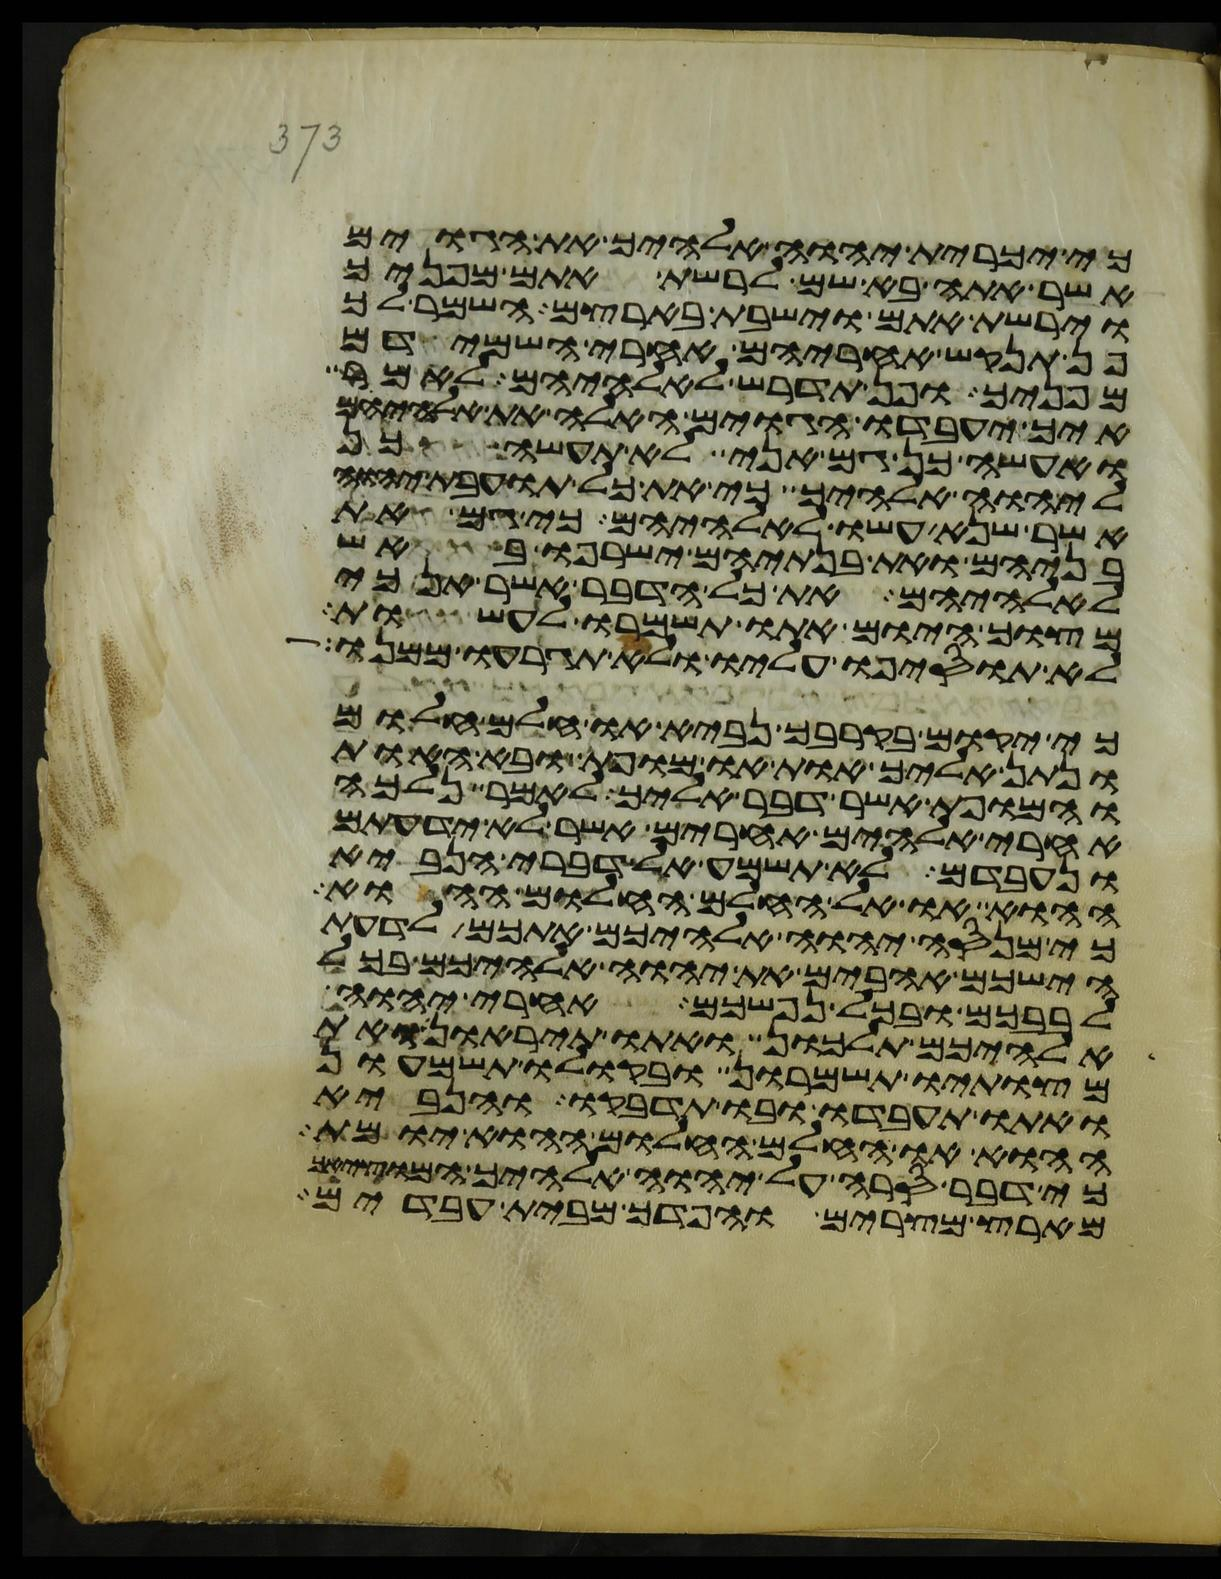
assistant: כי יכרית יהוה אלהיך את הגוים
אשר אתה בא שם לרשת אתם מפניך
וירשת אתם וישבת בארצם השמר לך
פן תנקש אחריהם אחרי השמידם
מפניך ופן תדרש לאלהיהם לאמר
איך יעבדו הגוים האלה את אלהיהם
ואעשה כן גם אני לא תעשה כן
ליהוה אלהיך כי את כל תועבת יהוה
אשר שנא עשו לאלהיהם כי גם את
בניהם ואת בנתיהם ישרפו באש
לאלהיהם את כל הדבר אשר אנכי
מצוך היום אתו תשמרו לעשות
לא תוסיפו עליו ולא תגרעו ממנו
כי יקום בקרבך נביא או חלם חלום
ונתן אליך אות או מופת ובא האות
והמופת אשר דבר אליך לאמר נלכה
אחרי אלהים אחרים אשר לא ידעתם
ונעבדם לא תשמע אל דברי הנביא
ההוא או אל החלם החלום ההוא
כי מנסה יהוה אלהיכם אתכם לדעת
הישכם אהבים את יהוה אלהיכם בכל
לבבכם ובכל נפשכם אחרי יהוה
אלהיכם תלכון ואתו תיראון ואת
מצותיו תשמרון ובקולו תשמעון
ואתו תעבדו ובו תדבקו והנביא
ההוא או החלם החלום ההוא יומת
כי דבר סרה על יהוה אלהיך המוציאך
מארץ מצרים והפדך מבית עבדים